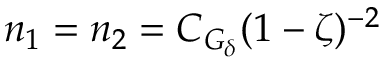
n _ { 1 } = n _ { 2 } = C _ { G _ { \delta } } ( 1 - \zeta ) ^ { - 2 }